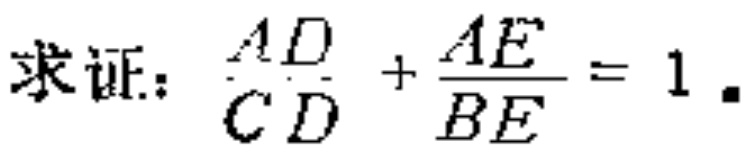
求证：\(\frac{AD}{CD}+\frac{AE}{BE}=1\)。